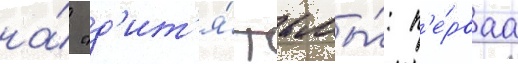
на́ "д'ит'я́ тьмы́: п'е́рваа